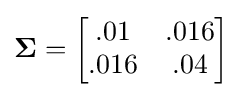
\mathbf {\Sigma } ={\begin{bmatrix}.01&.016\\.016&.04\end{bmatrix}}